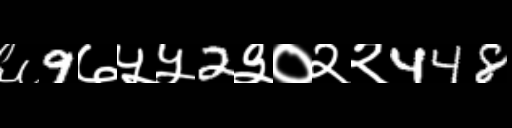
Text: ६9७५५2३०२२448